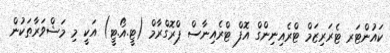
ކައުންޓަރ ޓެރަރިޒަމް ޓްރެއިނިންގް އޮފް ޓްރެއިނާސް ޕްރޮގްރާމް (ޓީ.އޯ.ޓީ) އަކީ މި މަޝްވަރާތަކުން